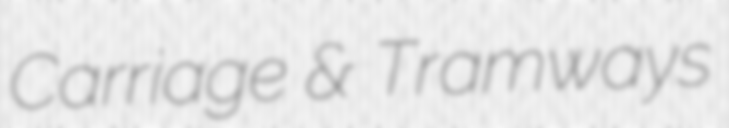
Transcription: Carriage & Tramways